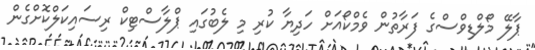
ޕާލޭ މޯލްޑިވްސްގެ ފަރާތުން ވެމްކޯއަށް ހަދިޔާ ކުރި މި ލެބުގައި ޕްލާސްޓިކް ރިސައިކަލްކޮށްގެން